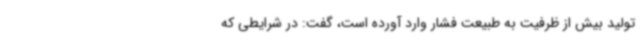
تولید بیش از ظرفیت به طبیعت فشار وارد آورده است، گفت: در شرایطی که